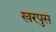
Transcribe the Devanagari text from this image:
खरपुस